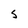
Character: S